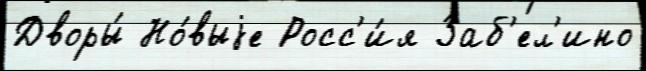
Дворы́ Но́выjе Росс'и́я Заб'ел'ино